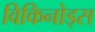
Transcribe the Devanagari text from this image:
विकिनोड्स